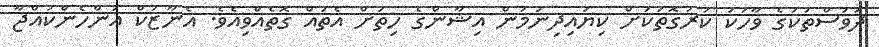
ދުވަސްތަކުގެ ވާހަކަ ކުރުގޮތަކަށް ކިޔައިދިނުމުން އިޝާންގެ ހިތަށް އެތައް ގޮތެއްވިއެވެ. އެނާޒުކް އަންހެންކުއްޖާ